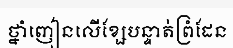
ថ្នាំញៀនលើខ្សែបន្ទាត់ព្រំដែន